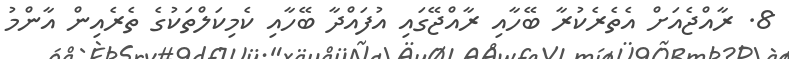
8. ރާއްޖެއަށް އެތެރެކުރާ ބޭހާއި ރާއްޖޭގައި އުފައްދާ ބޭހާއި ކެމިކަލްތަކުގެ ތެރެއިން އާންމު